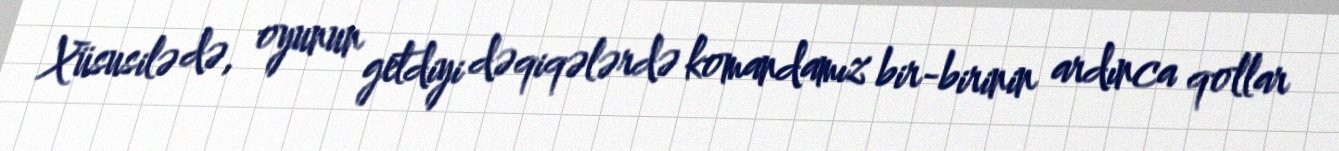
Xüsusilə də, oyunun getdiyi dəqiqələrdə komandamız bir-birinin ardınca qollar